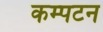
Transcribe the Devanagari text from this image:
कम्पटन